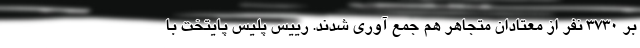
بر ۳۷۳۰ نفر از معتادان متجاهر هم جمع آوری شدند. رییس پلیس پایتخت با